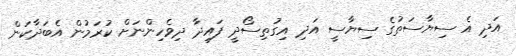
އަދި އެ ސިޔާސަތުގެ ސިޔާސީ އަދި އިގުތިސޯދީ ފައިދާ ދިވެހިންނަށް ކުރަމުން އެބަދާކަން